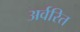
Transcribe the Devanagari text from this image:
अर्वरित